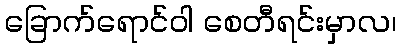
ခြောက်ရောင်ဝါ စေတီရင်းမှာလ၊